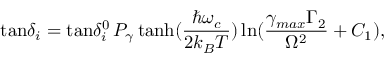
\mathrm { t a n } \delta _ { i } = \mathrm { t a n } \delta _ { i } ^ { 0 } \, P _ { \gamma } \, \mathrm { t a n h } ( \frac { \hbar \omega _ { c } } { 2 k _ { B } T } ) \, \mathrm { l n } ( \frac { \gamma _ { m a x } \Gamma _ { 2 } } { \Omega ^ { 2 } } + C _ { 1 } ) ,